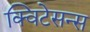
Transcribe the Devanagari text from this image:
क्विटेसन्स